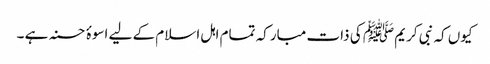
کیوں کہ نبی کریم ﷺ کی ذات مبارکہ تمام اہل اسلام کے لیے اسوۂ حسنہ ہے ۔